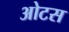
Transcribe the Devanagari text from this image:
ओटस